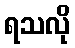
ရသလို